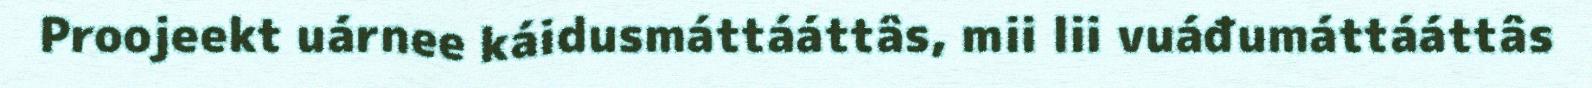
Proojeekt uárnee káidusmáttááttâs, mii lii vuáđumáttááttâs